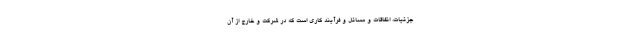
جزئیات، اتفاقات و مسائل و فرآیند کاری است که در شرکت و خارج از آن